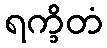
ရက္ခိတံ